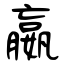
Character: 嬴